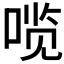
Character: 𰈆